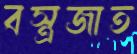
বস্ত্রজাত